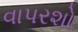
વાપરશો